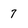
Character: 7